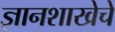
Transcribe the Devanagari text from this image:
ज्ञानशाखेचे